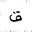
Letter: _qaf